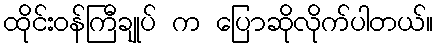
ထိုင်းဝန်ကြီချုပ် က ပြောဆိုလိုက်ပါတယ်။